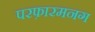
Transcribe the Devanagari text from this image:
परफ़ारमनग